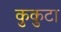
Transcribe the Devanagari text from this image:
कुकुटा